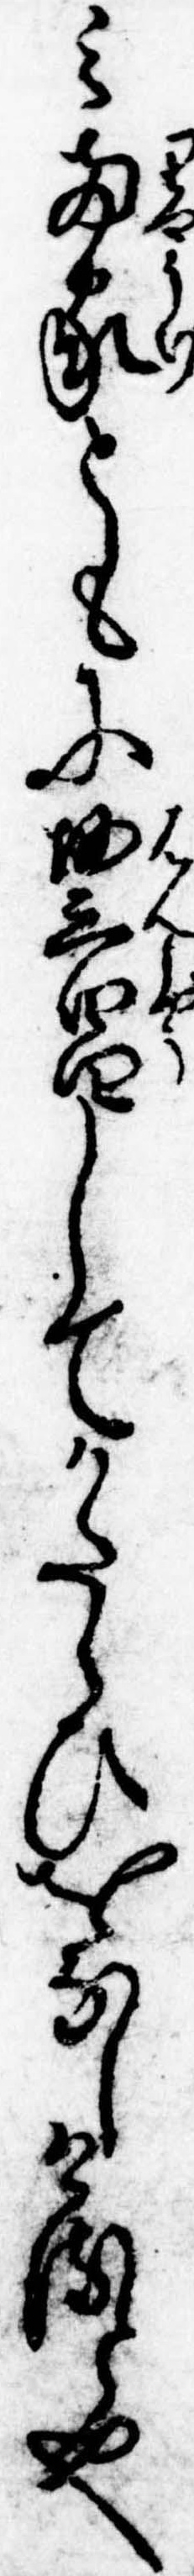
み両家ともに繁昌してかたらひをなしけると也